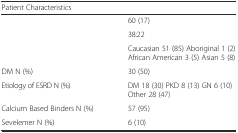
<table><thead><tr><td><b>Patient Characteristics</b></td><td>[EMPTY_CELL]</td></tr></thead><tbody><tr><td>[EMPTY_CELL]</td><td>60 (17)</td></tr><tr><td>[EMPTY_CELL]</td><td>38:22</td></tr><tr><td>[EMPTY_CELL]</td><td>Caucasian 51 (85) Aboriginal 1 (2) African American 3 (5) Asian 5 (8)</td></tr><tr><td>DM N (%)</td><td>30 (50)</td></tr><tr><td>Etiology of ESRD N (%)</td><td>DM 18 (30) PKD 8 (13) GN 6 (10) Other 28 (47)</td></tr><tr><td>Calcium Based Binders N (%)</td><td>57 (95)</td></tr><tr><td>Sevelemer N (%)</td><td>6 (10)</td></tr></tbody></table>